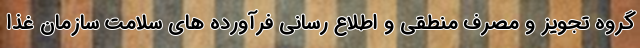
گروه تجویز و مصرف منطقی و اطلاع رسانی فرآورده های سلامت سازمان غذا